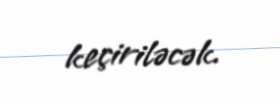
keçiriləcək.